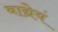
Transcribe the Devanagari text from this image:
वाद्येयं